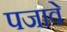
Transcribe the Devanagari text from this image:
पजावे